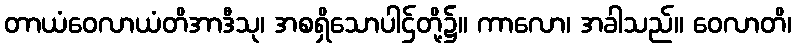
တာယံဝေလာယံတိအာဒီသု၊ အစရှိသောပါဌ်တို့၌။ ကာလော၊ အခါသည်။ ဝေလာတိ၊